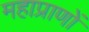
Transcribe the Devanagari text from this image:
महाप्राणों